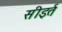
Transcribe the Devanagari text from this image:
सीइर्त